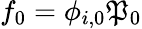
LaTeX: f_{0}=\phi_{i,0}\mathfrak{P}_{0}